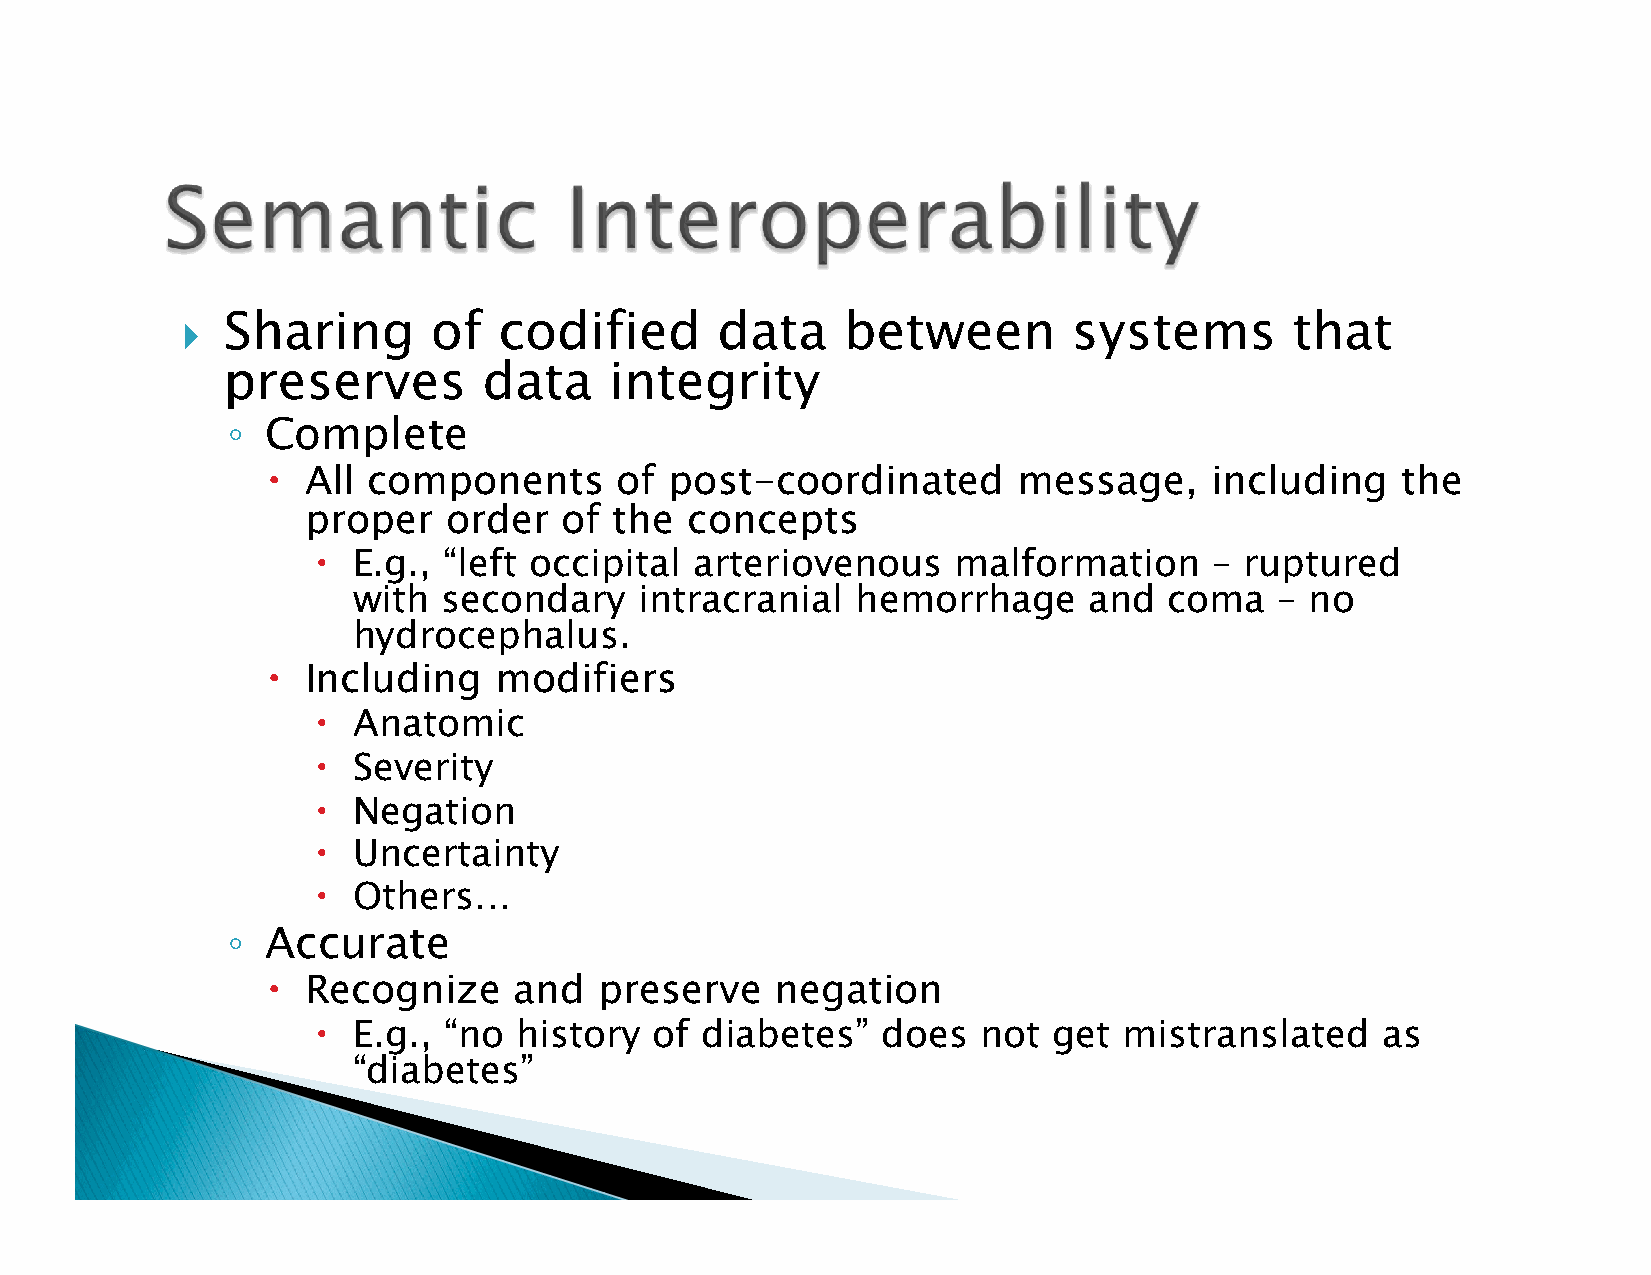
} Sharing      of   codified      data     between        systems        that
 preserves        data    integrity
 ◦
 Complete
 
 All components       of post-coordinated       message,     including    the
 proper    order  of  the concepts
 
 E.g., “left occipital  arteriovenous    malformation     – ruptured
 with  secondary    intracranial   hemorrhage     and  coma    – no
 hydrocephalus.
 
 Including    modifiers
 
 Anatomic
 
 Severity
 
 Negation
 
 Uncertainty
 
 Others…
 ◦
 Accurate
 
 Recognize     and   preserve   negation
 
 E.g., “no  history  of diabetes”   does   not  get mistranslated    as
 “diabetes”